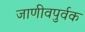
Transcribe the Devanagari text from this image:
जाणीवपुर्वक